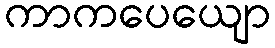
ကာကပေယျော